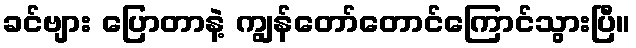
ခင်ဗျား ပြောတာနဲ့ ကျွန်တော်တောင်ကြောင်သွားပြီ။